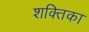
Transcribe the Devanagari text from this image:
शक्तिका